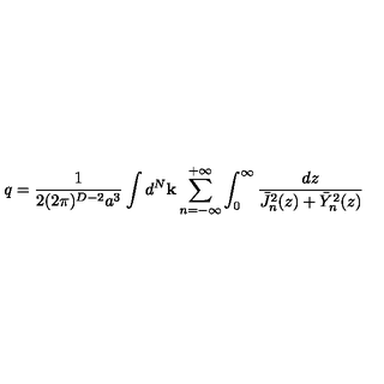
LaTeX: q = \frac { 1 } { 2 ( 2 \pi ) ^ { D - 2 } a ^ { 3 } } \int d ^ { N } { \bf k } \sum _ { n = - \infty } ^ { + \infty } \int _ { 0 } ^ { \infty } \frac { d z } { \bar { J } _ { n } ^ { 2 } ( z ) + \bar { Y } _ { n } ^ { 2 } ( z ) }